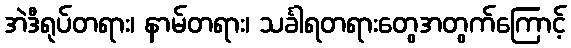
အဲဒီရုပ်တရား၊ နာမ်တရား၊ သင်္ခါရတရားတွေအတွက်ကြောင့်